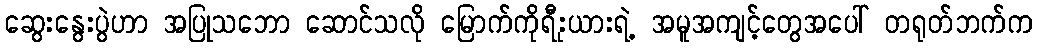
ဆွေးနွေးပွဲဟာ အပြုသဘော ဆောင်သလို မြောက်ကိုရီးုယားရဲ့ အမူအကျင့်တွေအပေါ် တရုတ်ဘက်က